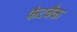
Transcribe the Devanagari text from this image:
फैटबैक